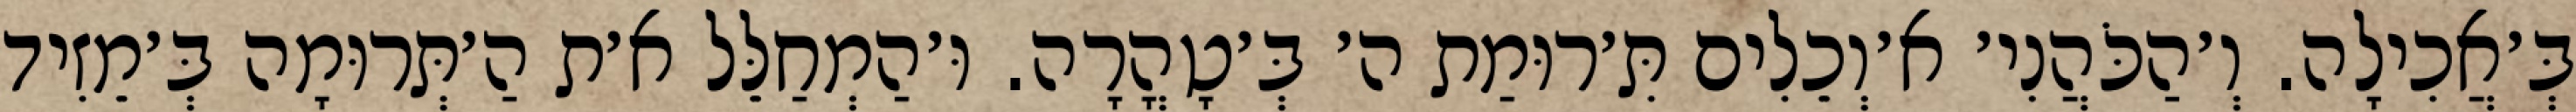
בְּ׳אֲכִילָה. וְ׳הַכֹּהֲנִי׳ א׳וְכֵלִים תִּ׳רוּמַת ה׳ בְּ׳טָהֳרָה. וּ׳הַמְחַלֵּל א׳ת הַ׳תְּרוּמָה בְּ׳מֵזִיד